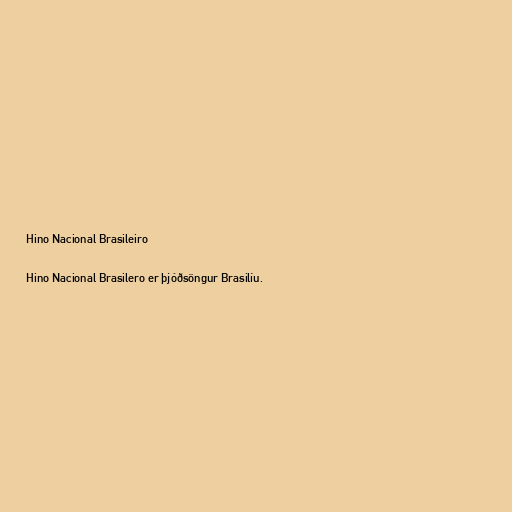
Hino Nacional Brasileiro

Hino Nacional Brasilero er þjóðsöngur Brasilíu.